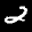
Label: 2